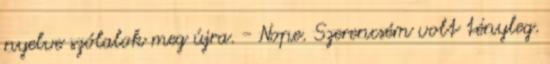
nyelve szólalok meg újra. - Nope. Szerencsém volt tényleg.